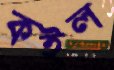
কইল